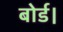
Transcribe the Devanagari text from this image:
बोर्ड।